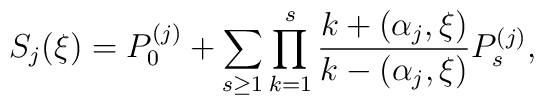
S_j(\xi)=P_0^{(j)}+\sum_{s\geq 1}\prod_{k=1}^{s}\frac{k+(\alpha_j,\xi)}{k-(\alpha_j,\xi)}P_s^{(j)},